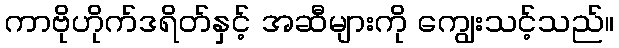
ကာဗိုဟိုက်ဒရိတ်နှင့် အဆီများကို ကျွေးသင့်သည်။